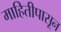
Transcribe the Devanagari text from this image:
माहितीपासून